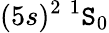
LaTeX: (5s)^{2}~^{1}\mathtt{S}_{0}